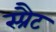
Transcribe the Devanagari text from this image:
स्प्रैट